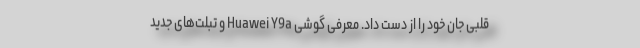
قلبی جان خود را از دست داد. معرفی گوشی Huawei Y9a و تبلت‌های جدید